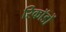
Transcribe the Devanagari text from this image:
रिकॉडों